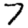
Digit: 7